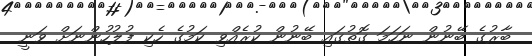
ބާރުގެ ބޭނުން ނަހަމަ ގޮތުގައި ބޭނުން ކުރެއްވި ކަމުގެ ހެކި ފުލުހުންނަށް ވަނީ